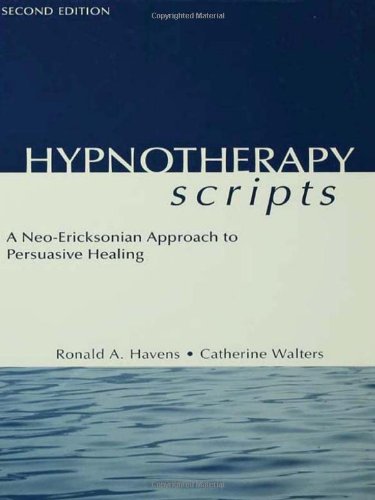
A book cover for Hypnotherapy Scripts 2nd Edition; Ronald A. Havens; Health, Fitness & Dieting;